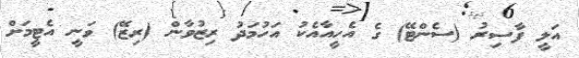
އަލީ ފާސިރު (ސެންޓޭ) ގެ އެހީއާއެކު އަހުމަދު ރިޒުވާން (ރިޒޭ) ވަނީ އެޓީމަށް